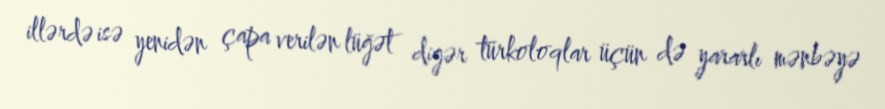
illərdə isə yenidən çapa verilən lüğət digər türkoloqlar üçün də yararlı mənbəyə